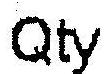
QTY